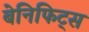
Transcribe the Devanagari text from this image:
बेनिफिट्स